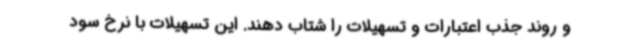
و روند جذب اعتبارات و تسهیلات را شتاب دهند. این تسهیلات با نرخ سود